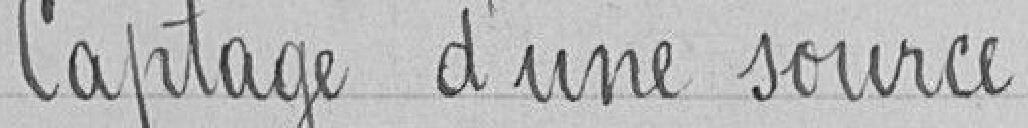
Captage d'une source.